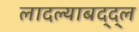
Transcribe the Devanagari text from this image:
लादल्याबद्द्ल